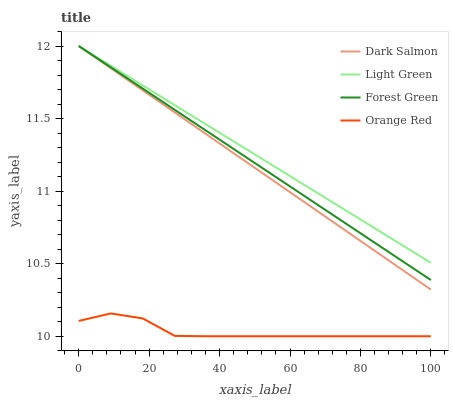
| xaxis_label | Dark Salmon | Light Green | Forest Green | Orange Red |
 | --- | --- | --- | --- | --- |
 | 0 | 12 | 12 | 12 | 10.1 |
 | 9.09 | 11.8 | 11.9 | 11.9 | 10.2 |
 | 18.2 | 11.7 | 11.7 | 11.7 | 10.1 |
 | 27.3 | 11.5 | 11.6 | 11.6 | 10 |
 | 36.4 | 11.4 | 11.5 | 11.4 | 10 |
 | 45.5 | 11.2 | 11.3 | 11.3 | 10 |
 | 54.5 | 11.1 | 11.2 | 11.1 | 10 |
 | 63.6 | 10.9 | 11 | 11 | 10 |
 | 72.7 | 10.8 | 10.9 | 10.8 | 10 |
 | 81.8 | 10.6 | 10.8 | 10.7 | 10 |
 | 90.9 | 10.5 | 10.6 | 10.5 | 10 |
 | 100 | 10.3 | 10.5 | 10.4 | 10 |